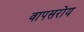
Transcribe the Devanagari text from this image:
वापसरोय